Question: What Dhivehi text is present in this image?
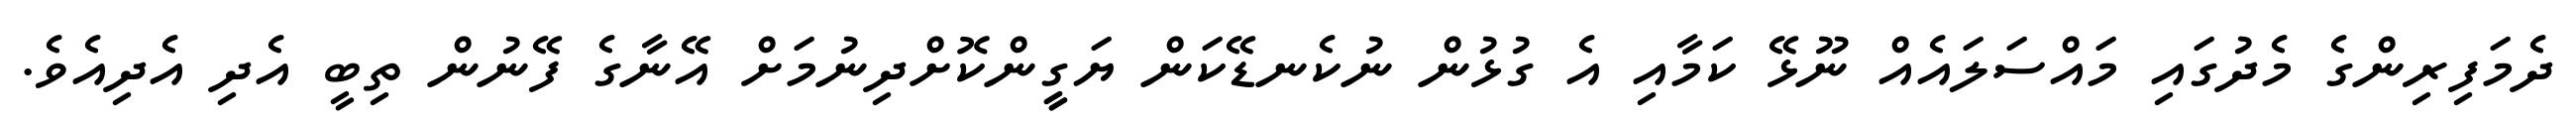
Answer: ދެމަފިރިންގެ މެދުގައި މައްސަލައެއް ނޫޅޭ ކަމާއި އެ ގުޅުން ނުކެނޑޭކަން ޔަގީީންކޮށްދިނުމަށް އޭނާގެ ފޭނުން ތިބީ އެދި އެދިއެވެ.